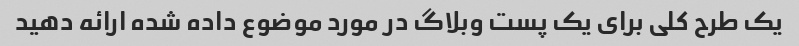
یک طرح کلی برای یک پست وبلاگ در مورد موضوع داده شده ارائه دهید